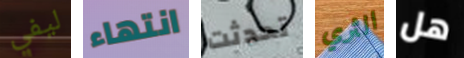
ليفي انتهاء تحدثت الثري هل